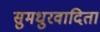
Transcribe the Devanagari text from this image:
सुमधुरवादिता